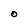
Character: O